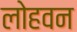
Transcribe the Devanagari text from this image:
लोहवन